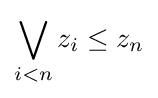
\bigvee _{i<n}z_{i}\leq z_{n}